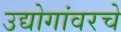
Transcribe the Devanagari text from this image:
उद्योगांवरचे